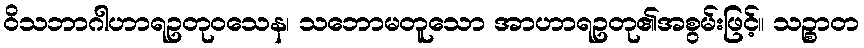
ဝိသဘာဂါဟာရဥတုဝသေန၊ သဘောမတူသော အာဟာရဥတု၏အစွမ်းဖြင့်။ သဉ္စာတ